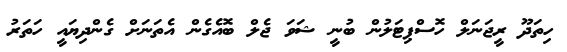
ހިތަދޫ ރީޖަނަލް ހޮސްޕިޓަލުން ބުނީ ޝަވަ ޖެލް ބޮއެގެން އެތަނަށް ގެންދިޔައީ ހަތަރު